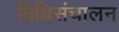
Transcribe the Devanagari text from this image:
विधिसंचालन